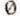
0